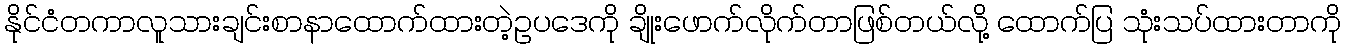
နိုင်ငံတကာလူသားချင်းစာနာထောက်ထားတဲ့ဥပဒေကို ချိုးဖောက်လိုက်တာဖြစ်တယ်လို့ ထောက်ပြ သုံးသပ်ထားတာကို